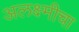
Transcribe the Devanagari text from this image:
अलक्ष्मीचा